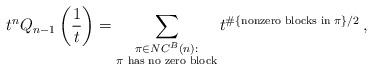
LaTeX: \begin{align*} t^n Q_{n-1}\left(\frac{1}{t}\right) = \sum_{\substack{\pi \in NC^B(n):\\ \pi\textrm{ has no zero block}}} t^{\#\{\textrm{nonzero blocks in }\pi\}/2} \, , \end{align*}